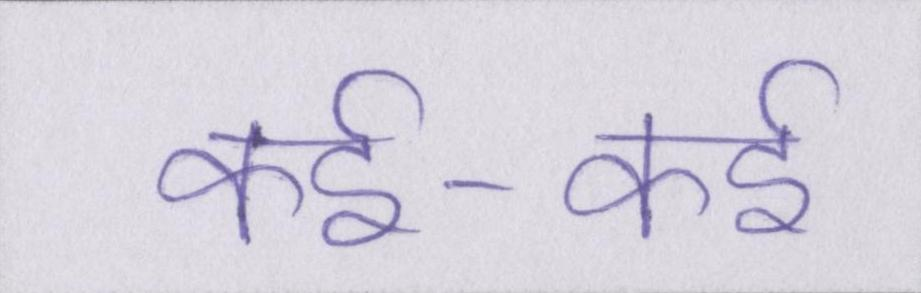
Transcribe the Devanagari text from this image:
कई-कई